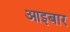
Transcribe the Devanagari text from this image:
आइबार